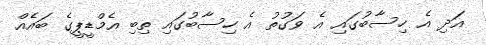
އަދި އެ ހިސާބުގައި އެ ވަގުތު އެ ހިސާބުގައި ތިބި އެމްޑީޕީގެ ބައެއް